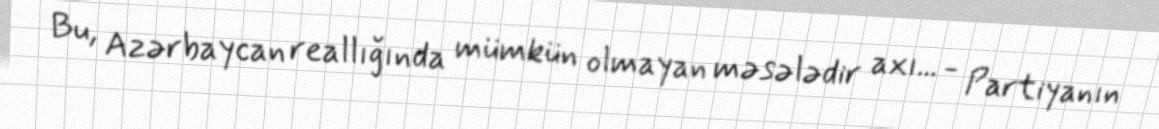
Bu, Azərbaycan reallığında mümkün olmayan məsələdir axı... - Partiyanın